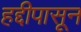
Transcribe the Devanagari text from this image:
हद्दीपासून